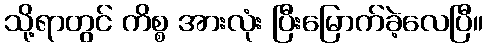
သို့ရာတွင် ကိစ္စ အားလုံး ပြီးမြောက်ခဲ့လေပြီ။